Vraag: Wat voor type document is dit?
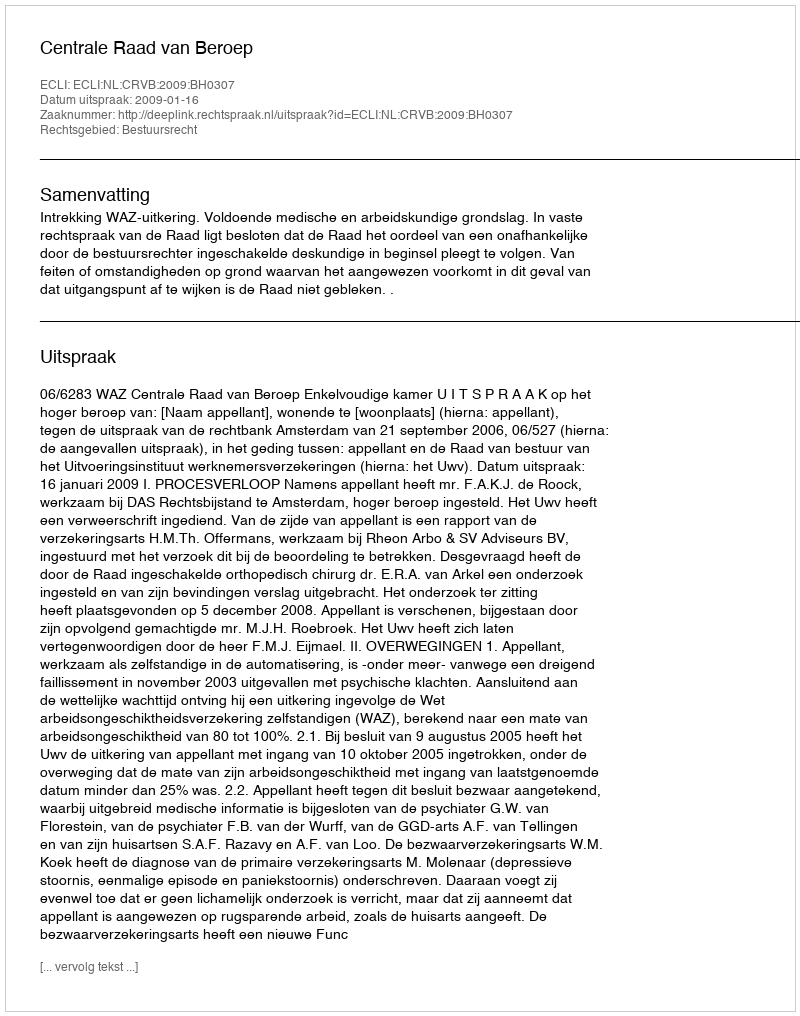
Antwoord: Uitspraak